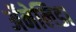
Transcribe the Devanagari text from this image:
ॲनेलिडा